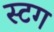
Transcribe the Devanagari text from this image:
स्टग